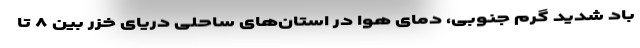
باد شدید گرم جنوبی، دمای هوا در استان‌های ساحلی دریای خزر بین ۸ تا